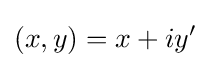
(x,y)=x+iy'